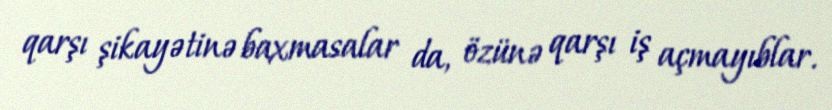
qarşı şikayətinə baxmasalar da, özünə qarşı iş açmayıblar.